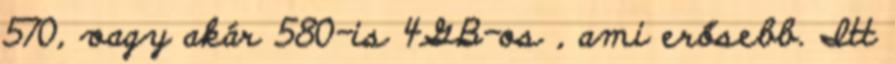
570, vagy akár 580-is 4GB-os , ami erősebb. Itt